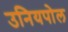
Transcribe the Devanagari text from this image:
उनियपोल